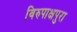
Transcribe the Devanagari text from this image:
विरुपाक्षपुरा